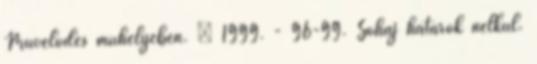
Művelődés műhelyében. – 1999. - 96-99. Sóhaj határok nélkül.